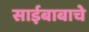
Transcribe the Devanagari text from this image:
साईबाबाचे